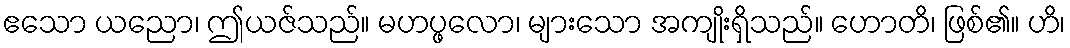
ဧသော ယညော၊ ဤယဇ်သည်။ မဟပ္ဖလော၊ များသော အကျိုးရှိသည်။ ဟောတိ၊ ဖြစ်၏။ ဟိ၊